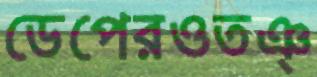
ডেপেরওতঞ্